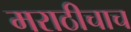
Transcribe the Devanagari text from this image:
मराठीचाच